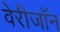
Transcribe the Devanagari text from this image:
वेरीजॉन